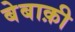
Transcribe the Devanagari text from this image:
बेबाक़ी